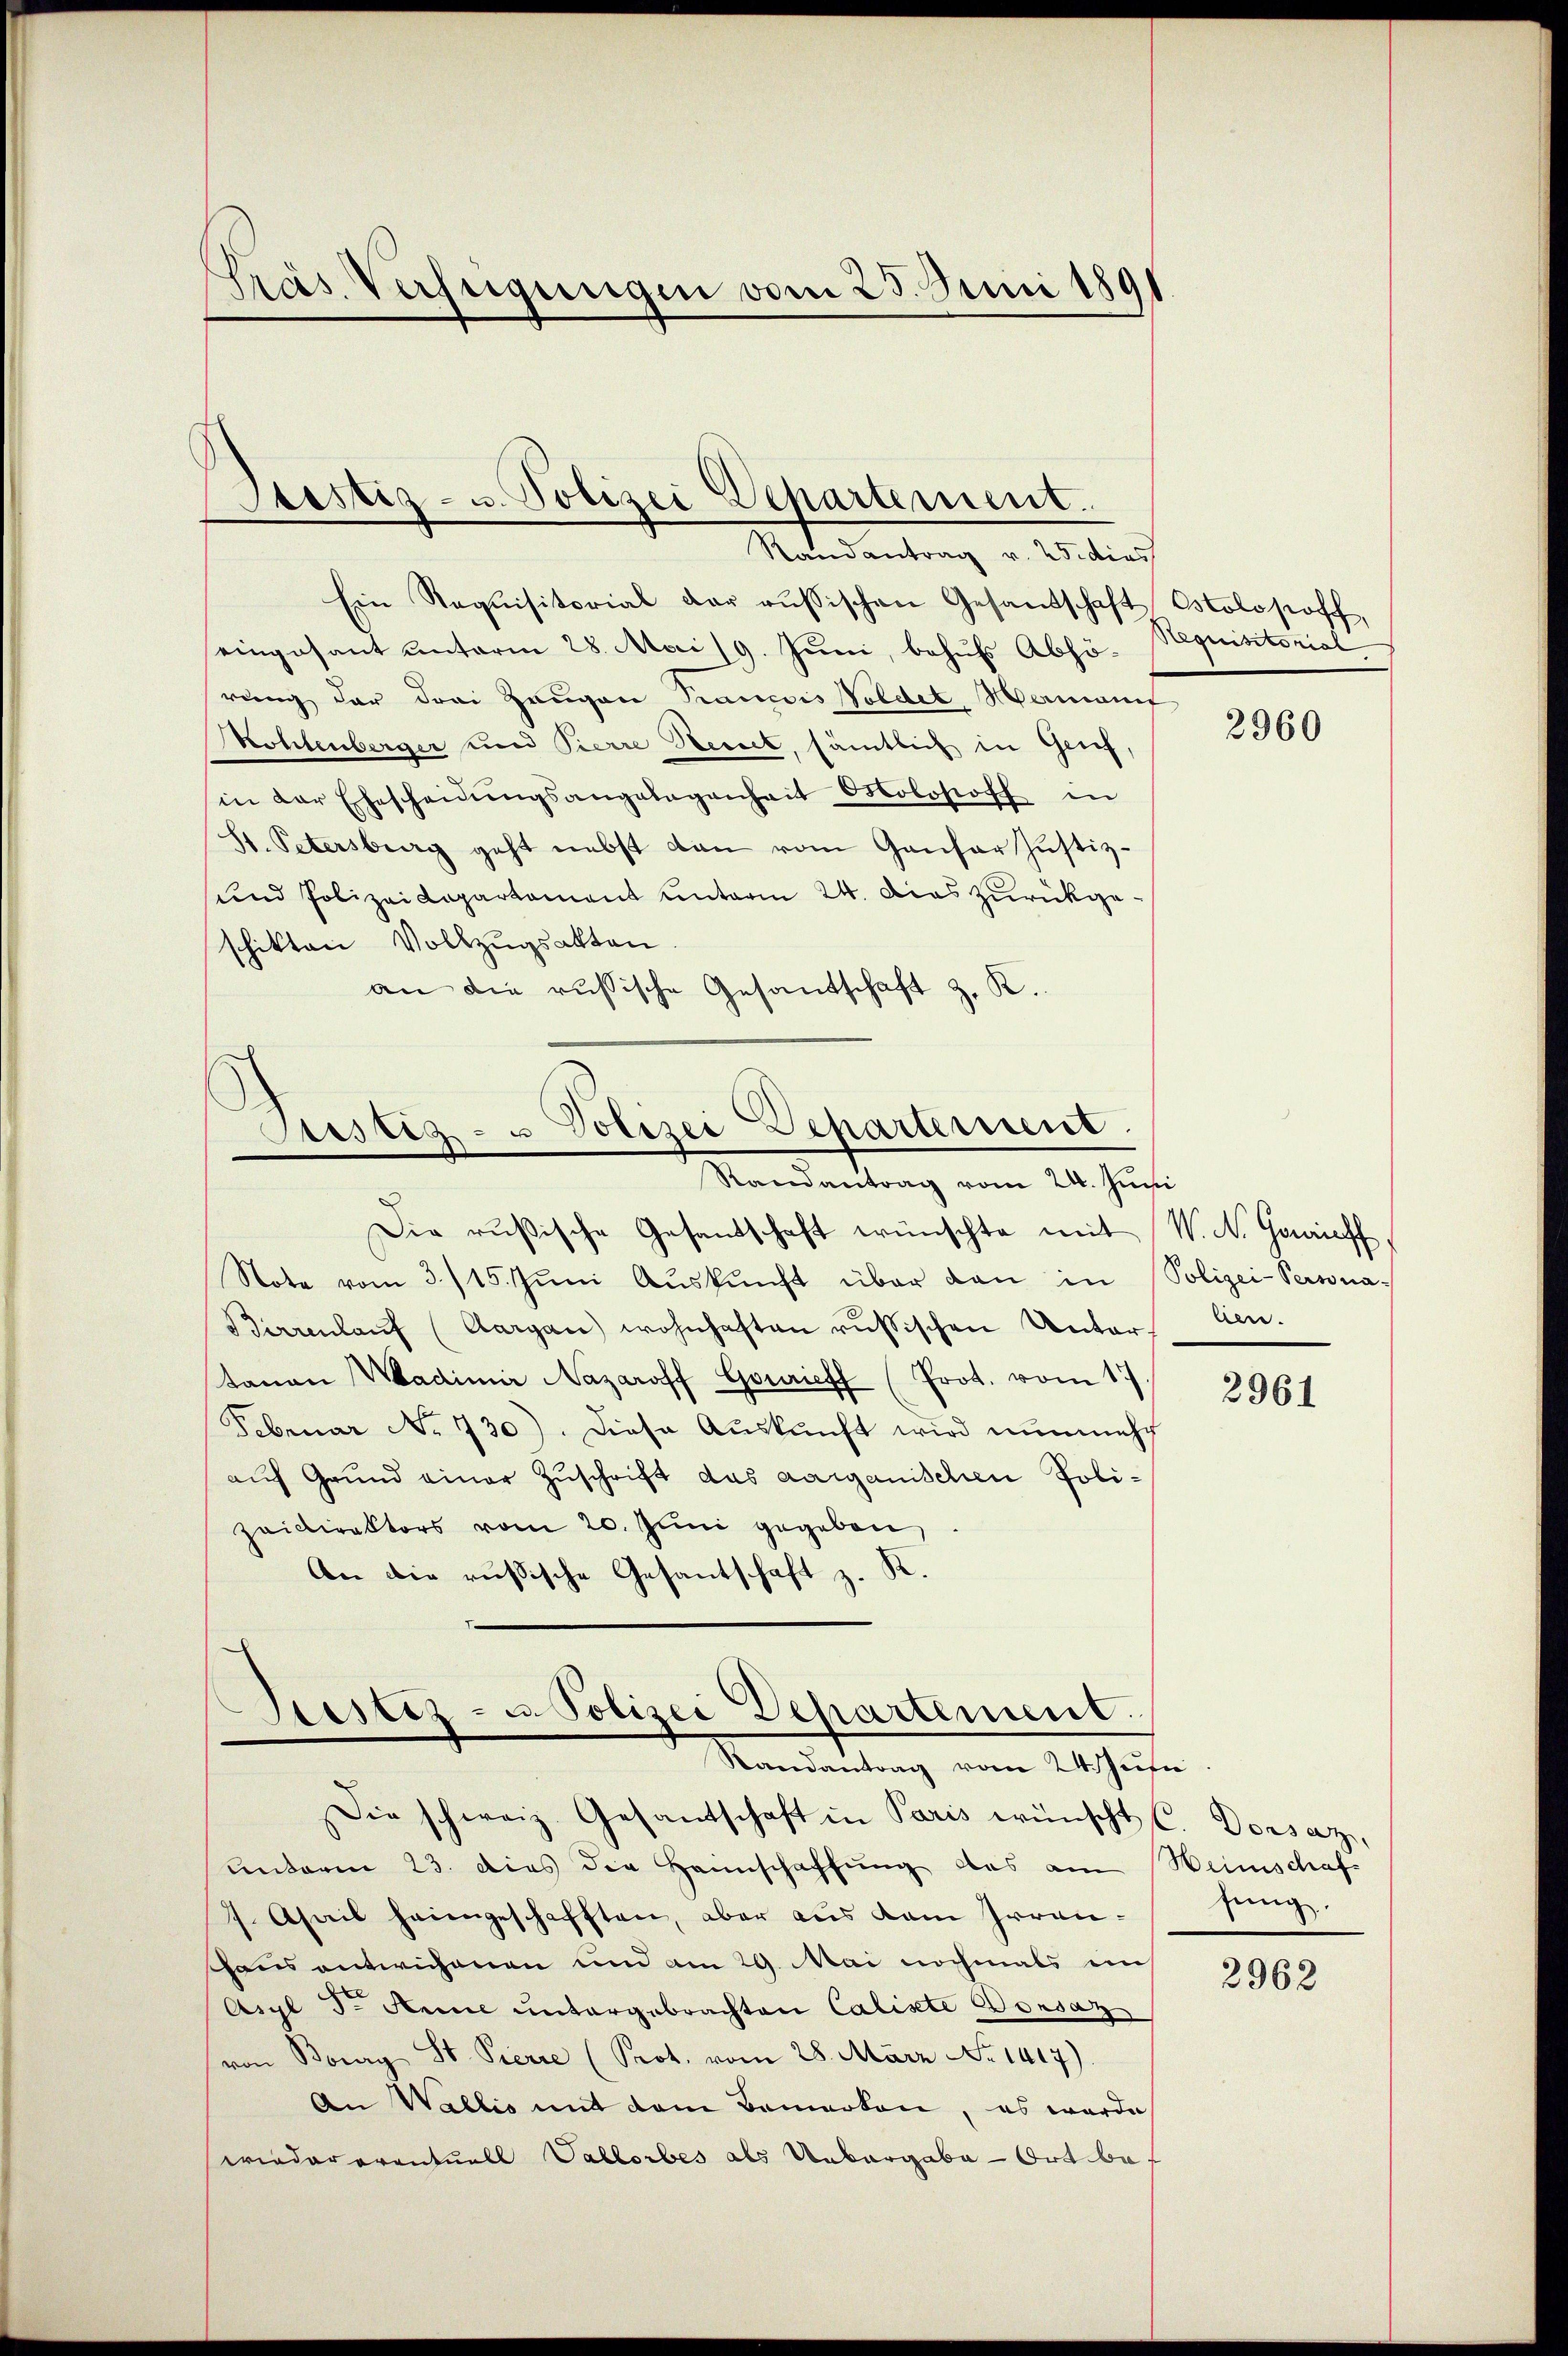
pras Verfügungen vom 23. Juni 189

Itestiz- u. Polizei Departement
Randantrag v. 25. dies

Ein Requisitorial der russischen Gesandschaft Ostolosoff,
eingesant unterm 28. Mai 19. Juni, behufs Abhörung der drei Zeugen Prancois Woldet, Hermanef
Kohlenberger und Pierre Beck, sämtlich in Grif
in der Ehescheidŭngsangelegenheit Polosoph in
St. Petersburg geht nebst dan vom Gansor Justiz¬
und Polizei Kapartament unterm 24. Dies zurückgeschikten Vollzŭgsakten.
an die russische Gesandschaft z. K.

Sistig- u Polizei Departement.
Randantrag vom 24. Juni

Die rußische Gesandschaft wünschte mit W. A. Genieff
Note vom 3./15. Jŭni Aŭskŭnft über dan in Polizei-Persona¬
Birrenlaŭf (Aargau) wohnhaften russischen Unter Cen
tanan Wadimir Nazaroff Gourieff (Prot. vom 17.
Februar No 730). Diese Auskunft wird nunmehr
auf Grund einer Zuschrift das aarganischen Poli¬
Zaidirektors vom 20. Juni gegeben,
An die russische Gesantschaft z. K.

Siestez- u. Polizei Departement.
Randantrag vom 24. Jusi

Die schweiz. Gesandschaft in Paris wünscht C. Dorsaz
unterm 23. dies die Heimschaffung das am Weinschaf
7. April heimgeschafften, aber aus dem Irren¬
Gaus antwichenen und am 29. Mai nochmals ein
Aigl d. Annie untergebrachten Caliste Dousaz
von Boury St. Pierre (Prot. vom 28. März No. 1417).
An Wallis mit dem Bemerken, es werde
wieder eventuell Vallorbes als Unbergabe - Ort bef

Requisitorial

2960

2961

sung.

2962